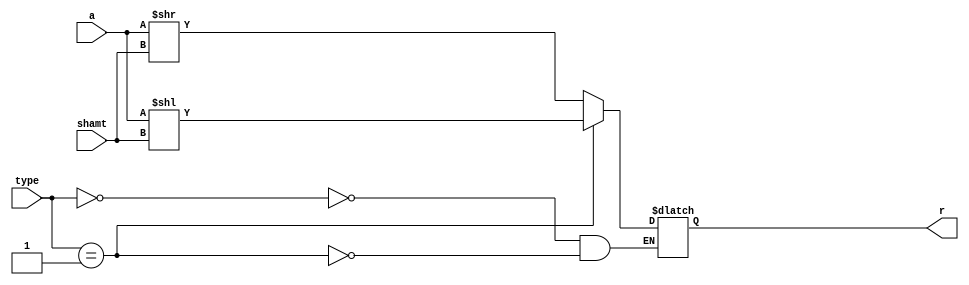
 	`timescale 1ns / 1ps

//`define     ALU_SRL         4'b10_00
//`define     ALU_SRA         4'b10_10
//`define     ALU_SLL         4'b10_01

module shifter(input wire [31:0] a, input wire [4:0] shamt, input wire [1:0] type,  output reg [31:0]r);

always@(*) begin
case(type)
00: begin //srl
r=a>>shamt;

end
10: begin //sra
r=a>>>shamt;

end
01: begin //sll
r=a<<shamt;

end

endcase
end
endmodule